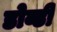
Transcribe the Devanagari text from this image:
डोव्डी